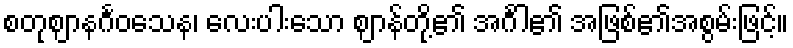
စတုဈာနင်္ဂဝသေန၊ လေးပါးသော ဈာန်တို့၏ အင်္ဂါ၏ အဖြစ်၏အစွမ်းဖြင့်။